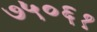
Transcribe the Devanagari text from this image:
७५०६१